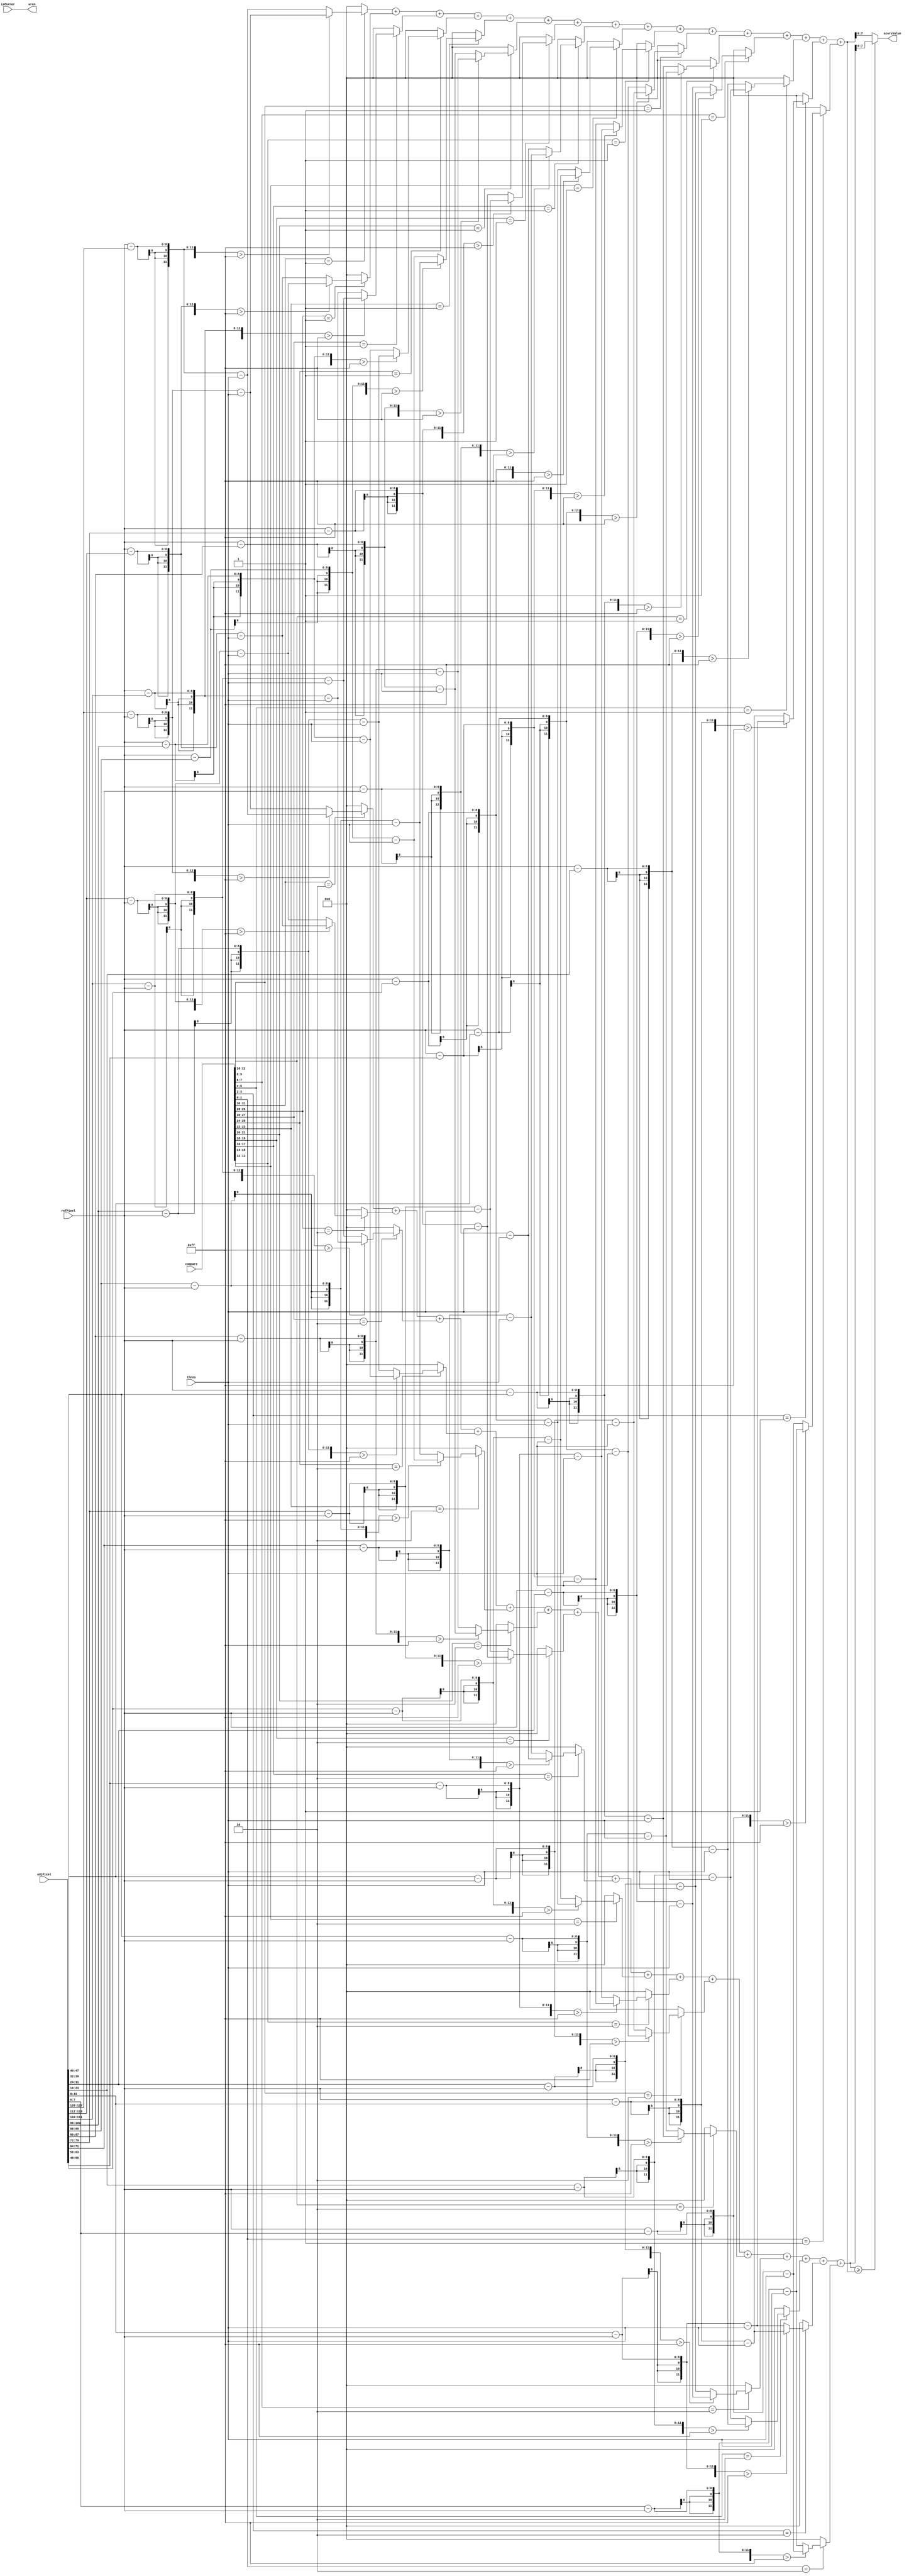
`define SIMILAR 2'b00
`define DARK 2'b01
`define BRIGHT 2'b10

module FS_Datapath (isCorner, compare, refPixel, adjPixel, thres, wren, scoreValue);
	input isCorner; //  
	input [31:0] compare; // DARK, BRIGHT, SIMILAR 
	input [7:0] refPixel; //  
	input [127:0] adjPixel; //  16  
	input [7:0] thres; // 
	output wren; //  
	output [7:0] scoreValue; //   
	
	wire [11:0] sBright; // Bright Set 
	wire [11:0] sDark; // Dark Set 

	// Calculate dark set
	assign sDark =
		((compare[31:30] == `DARK) ? 
			(((refPixel - adjPixel[127:120]) > 255) ? 
				(adjPixel[127:120] - refPixel - thres) : (refPixel - adjPixel[127:120] - thres)) : 12'b0) +
		((compare[29:28] == `DARK) ? 
			(((refPixel - adjPixel[119:112]) > 255) ? 
				(adjPixel[119:112] - refPixel - thres) : (refPixel - adjPixel[119:112] - thres)) : 12'b0) +
		((compare[27:26] == `DARK) ? 
			(((refPixel - adjPixel[111:104]) > 255) ? 
				(adjPixel[111:104] - refPixel - thres) : (refPixel - adjPixel[111:104] - thres)) : 12'b0) +
		((compare[25:24] == `DARK) ? 
			(((refPixel - adjPixel[103:96]) > 255) ? 
				(adjPixel[103:96] - refPixel - thres) : (refPixel - adjPixel[103:96] - thres)) : 12'b0) +
		((compare[23:22] == `DARK) ? 
			(((refPixel - adjPixel[95:88]) > 255) ? 
				(adjPixel[95:88] - refPixel - thres) : (refPixel - adjPixel[95:88] - thres)) : 12'b0) +
		((compare[21:20] == `DARK) ? 
			(((refPixel - adjPixel[87:80]) > 255) ? 
				(adjPixel[87:80] - refPixel - thres) : (refPixel - adjPixel[87:80] - thres)) : 12'b0) +
		((compare[19:18] == `DARK) ? 
			(((refPixel - adjPixel[79:72]) > 255) ? 
				(adjPixel[79:72] - refPixel - thres) : (refPixel - adjPixel[79:72] - thres)) : 12'b0) +
		((compare[17:16] == `DARK) ? 
			(((refPixel - adjPixel[71:64]) > 255) ? 
				(adjPixel[71:64] - refPixel - thres) : (refPixel - adjPixel[71:64] - thres)) : 12'b0) +
		((compare[15:14] == `DARK) ? 
			(((refPixel - adjPixel[63:56]) > 255) ? 
				(adjPixel[63:56] - refPixel - thres) : (refPixel - adjPixel[63:56] - thres)) : 12'b0) +
		((compare[13:12] == `DARK) ? 
			(((refPixel - adjPixel[55:48]) > 255) ? 
				(adjPixel[55:48] - refPixel - thres) : (refPixel - adjPixel[55:48] - thres)) : 12'b0) +
		((compare[11:10] == `DARK) ? 
			(((refPixel - adjPixel[47:40]) > 255) ? 
				(adjPixel[47:40] - refPixel - thres) : (refPixel - adjPixel[47:40] - thres)) : 12'b0) +
		((compare[9:8] == `DARK) ? 
			(((refPixel - adjPixel[39:32]) > 255) ? 
				(adjPixel[39:32] - refPixel - thres) : (refPixel - adjPixel[39:32] - thres)) : 12'b0) +
		((compare[7:6] == `DARK) ?
			(((refPixel - adjPixel[31:24]) > 255) ? 
				(adjPixel[31:24] - refPixel - thres) : (refPixel - adjPixel[31:24] - thres)) : 12'b0) +
		((compare[5:4] == `DARK) ? 
			(((refPixel - adjPixel[23:16]) > 255) ? 
				(adjPixel[23:16] - refPixel - thres) : (refPixel - adjPixel[23:16] - thres)) : 12'b0) +
		((compare[3:2] == `DARK) ? 
			(((refPixel - adjPixel[15:8]) > 255) ? 
				(adjPixel[15:8] - refPixel - thres) : (refPixel - adjPixel[15:8] - thres)) : 12'b0) +
		((compare[1:0] == `DARK) ? 
			(((refPixel - adjPixel[7:0]) > 255) ? 
				(adjPixel[7:0] - refPixel - thres) : (refPixel - adjPixel[7:0] - thres)) : 12'b0);				
		
	// Calculate bright set
	assign sBright =
		((compare[31:30] == `BRIGHT) ? 
			(((adjPixel[127:120] - refPixel) > 255) ? 
				(refPixel - adjPixel[127:120] - thres) : (adjPixel[127:120] - refPixel - thres)) : 12'b0) +
		((compare[29:28] == `BRIGHT) ? 
			(((adjPixel[119:112] - refPixel) > 255) ? 
				(refPixel - adjPixel[119:112] - thres) : (adjPixel[119:112] - refPixel - thres)) : 12'b0) +
		((compare[27:26] == `BRIGHT) ? 
			(((adjPixel[111:104] - refPixel) > 255) ? 
				(refPixel - adjPixel[111:104] - thres) : (adjPixel[111:104] - refPixel - thres)) : 12'b0) +
		((compare[25:24] == `BRIGHT) ? 
			(((adjPixel[103:96] - refPixel) > 255) ? 
				(refPixel - adjPixel[103:96] - thres) : (adjPixel[103:96] - refPixel - thres)) : 12'b0) +
		((compare[23:22] == `BRIGHT) ? 
			(((adjPixel[95:88] - refPixel) > 255) ? 
				(refPixel - adjPixel[95:88] - thres) : (adjPixel[95:88] - refPixel - thres)) : 12'b0) +
		((compare[21:20] == `BRIGHT) ? 
			(((adjPixel[87:80] - refPixel) > 255) ? 
				(refPixel - adjPixel[87:80] - thres) : (adjPixel[87:80] - refPixel - thres)) : 12'b0) +
		((compare[19:18] == `BRIGHT) ? 
			(((adjPixel[79:72] - refPixel) > 255) ? 
				(refPixel - adjPixel[79:72] - thres) : (adjPixel[79:72] - refPixel - thres)) : 12'b0) +
		((compare[17:16] == `BRIGHT) ? 
			(((adjPixel[71:64] - refPixel) > 255) ? 
				(refPixel - adjPixel[71:64] - thres) : (adjPixel[71:64] - refPixel - thres)) : 12'b0) +
		((compare[15:14] == `BRIGHT) ? 
			(((adjPixel[63:56] - refPixel) > 255) ? 
				(refPixel - adjPixel[63:56] - thres) : (adjPixel[63:56] - refPixel - thres)) : 12'b0) +
		((compare[13:12] == `BRIGHT) ? 
			(((adjPixel[55:48] - refPixel) > 255) ? 
				(refPixel - adjPixel[55:48] - thres) : (adjPixel[55:48] - refPixel - thres)) : 12'b0) + 
		((compare[11:10] == `BRIGHT) ? 
			(((adjPixel[47:40] - refPixel) > 255) ? 
				(refPixel - adjPixel[47:40] - thres) : (adjPixel[47:40] - refPixel - thres)) : 12'b0) +
		((compare[9:8] == `BRIGHT) ? 
			(((adjPixel[39:32] - refPixel) > 255) ? 
				(refPixel - adjPixel[39:32] - thres) : (adjPixel[39:32] - refPixel - thres)) : 12'b0) +
		((compare[7:6] == `BRIGHT) ? 
			(((adjPixel[31:24] - refPixel) > 255) ? 
				(refPixel - adjPixel[31:24] - thres) : (adjPixel[31:24] - refPixel - thres)) : 12'b0) +
		((compare[5:4] == `BRIGHT) ? 
			(((adjPixel[23:16] - refPixel) > 255) ? 
				(refPixel - adjPixel[23:16] - thres) : (adjPixel[23:16] - refPixel - thres)) : 12'b0) +
		((compare[3:2] == `BRIGHT) ? 
			(((adjPixel[15:8] - refPixel) > 255) ? 
				(refPixel - adjPixel[15:8] - thres) : (adjPixel[15:8] - refPixel - thres)) : 12'b0) +
		((compare[1:0] == `BRIGHT) ? 
			(((adjPixel[7:0] - refPixel) > 255) ? 
				(refPixel - adjPixel[7:0] - thres) : (adjPixel[7:0] - refPixel - thres)) : 12'b0);

	assign scoreValue = (sBright >= sDark) ? sBright : sDark; // Dark, Bright Set      
	assign wren = isCorner; //    SRAM     .
endmodule